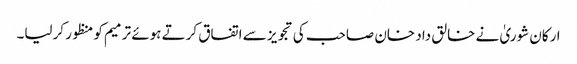
ارکان شوریٰ نے خالق داد خان صاحب کی تجویز سے اتفاق کرتے ہوئے ترمیم کو منظور کرلیا۔